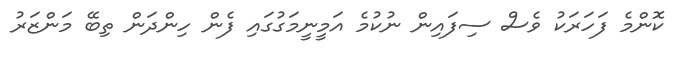
ކޮންމެ ފަހަރަކު ވެސް ސިފައިން ނުކުމެ އަމީނީމަގުގައި ފެން ހިންދަން ތިބޭ މަންޒަރު